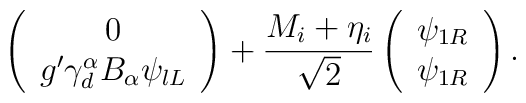
\left( \begin{array}{c}0 \\ g^{\prime }\gamma _{d}^{\alpha }B_{\alpha }\psi _{lL}\end{array}\right) +\frac{M_{i}+\eta _{i}}{\sqrt{2}}\left( \begin{array}{c}\psi _{1R} \\ \psi _{1R}\end{array}\right) .